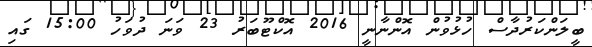
ބީލަންކަރުދާސް ހުޅުވުން އޮންނާނީ 2016 އޮކްޓޫބަރު 23 ވަނަ ދުވަހު 15:00 ގައި